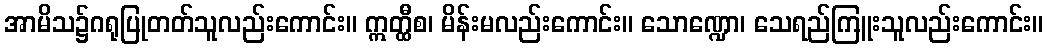
အာမိသ၌ဂရုပြုတတ်သူလည်းကောင်း။ ဣတ္ထီစ၊ မိန်းမလည်းကောင်း။ သောဏ္ဍော၊ သေရည်ကြူးသူလည်းကောင်း။